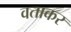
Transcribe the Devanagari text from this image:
वताकर